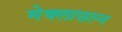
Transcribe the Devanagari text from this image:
मेक्लाछल्न